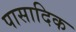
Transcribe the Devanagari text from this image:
पासादिक